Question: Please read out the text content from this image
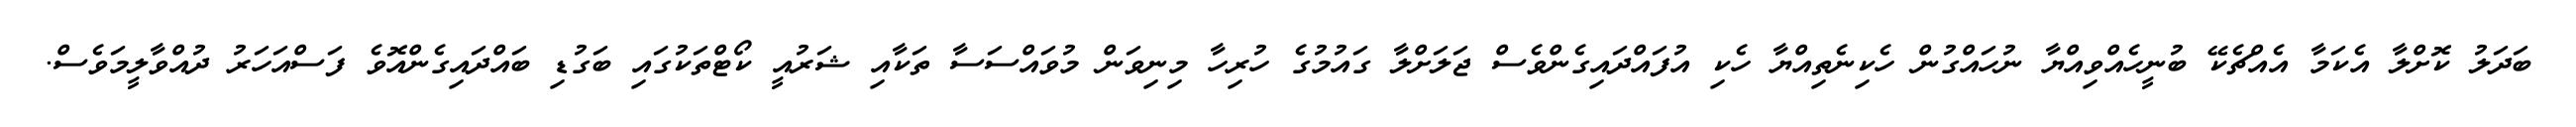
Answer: ބަދަލު ކޮށްލާ އެކަމާ އެއްޗެކޭ ބުނީހެއްވިއްޔާ ނުހައްގުން ހެކިނެތިއްޔާ ހެކި އުފައްދައިގެންވެސް ޖަލަށްލާ ގައުމުގެ ހުރިހާ މިނިވަން މުވައްސަސާ ތަކާއި ޝަރުއީ ކޯޓްތަކުގައި ބަގުޑި ބައްދައިގެންއޮވެ ފަސްއަހަރު ދުއްވާލީމަވެސް.